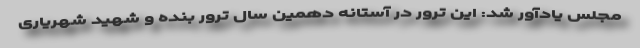
مجلس یادآور شد: این ترور در آستانه دهمین سال ترور بنده و شهید شهریاری